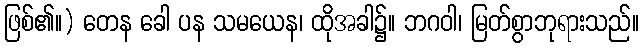
ဖြစ်၏။) တေန ခေါ ပန သမယေန၊ ထိုအခါ၌။ ဘဂဝါ၊ မြတ်စွာဘုရားသည်။